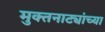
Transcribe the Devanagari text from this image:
मुक्तनाट्यांच्या